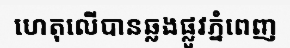
ហេតុលើបានឆ្លងផ្លូវភ្នំពេញ